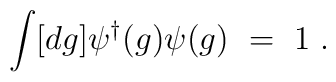
\int [dg] \psi^{\dagger}(g)\psi(g)~=~1 \; .